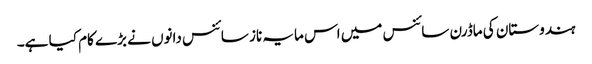
ہندوستان کی ماڈرن سائنس میں اس مایہ ناز سائنس دانوں نے بڑے کام کیا ہے۔